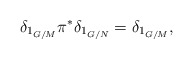
\begin{align*}\delta_{1_{G/M}}\pi^*\delta_{1_{G/N}}= \delta_{1_{G/M}},\end{align*}